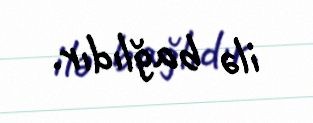
ilə bağlıdır.